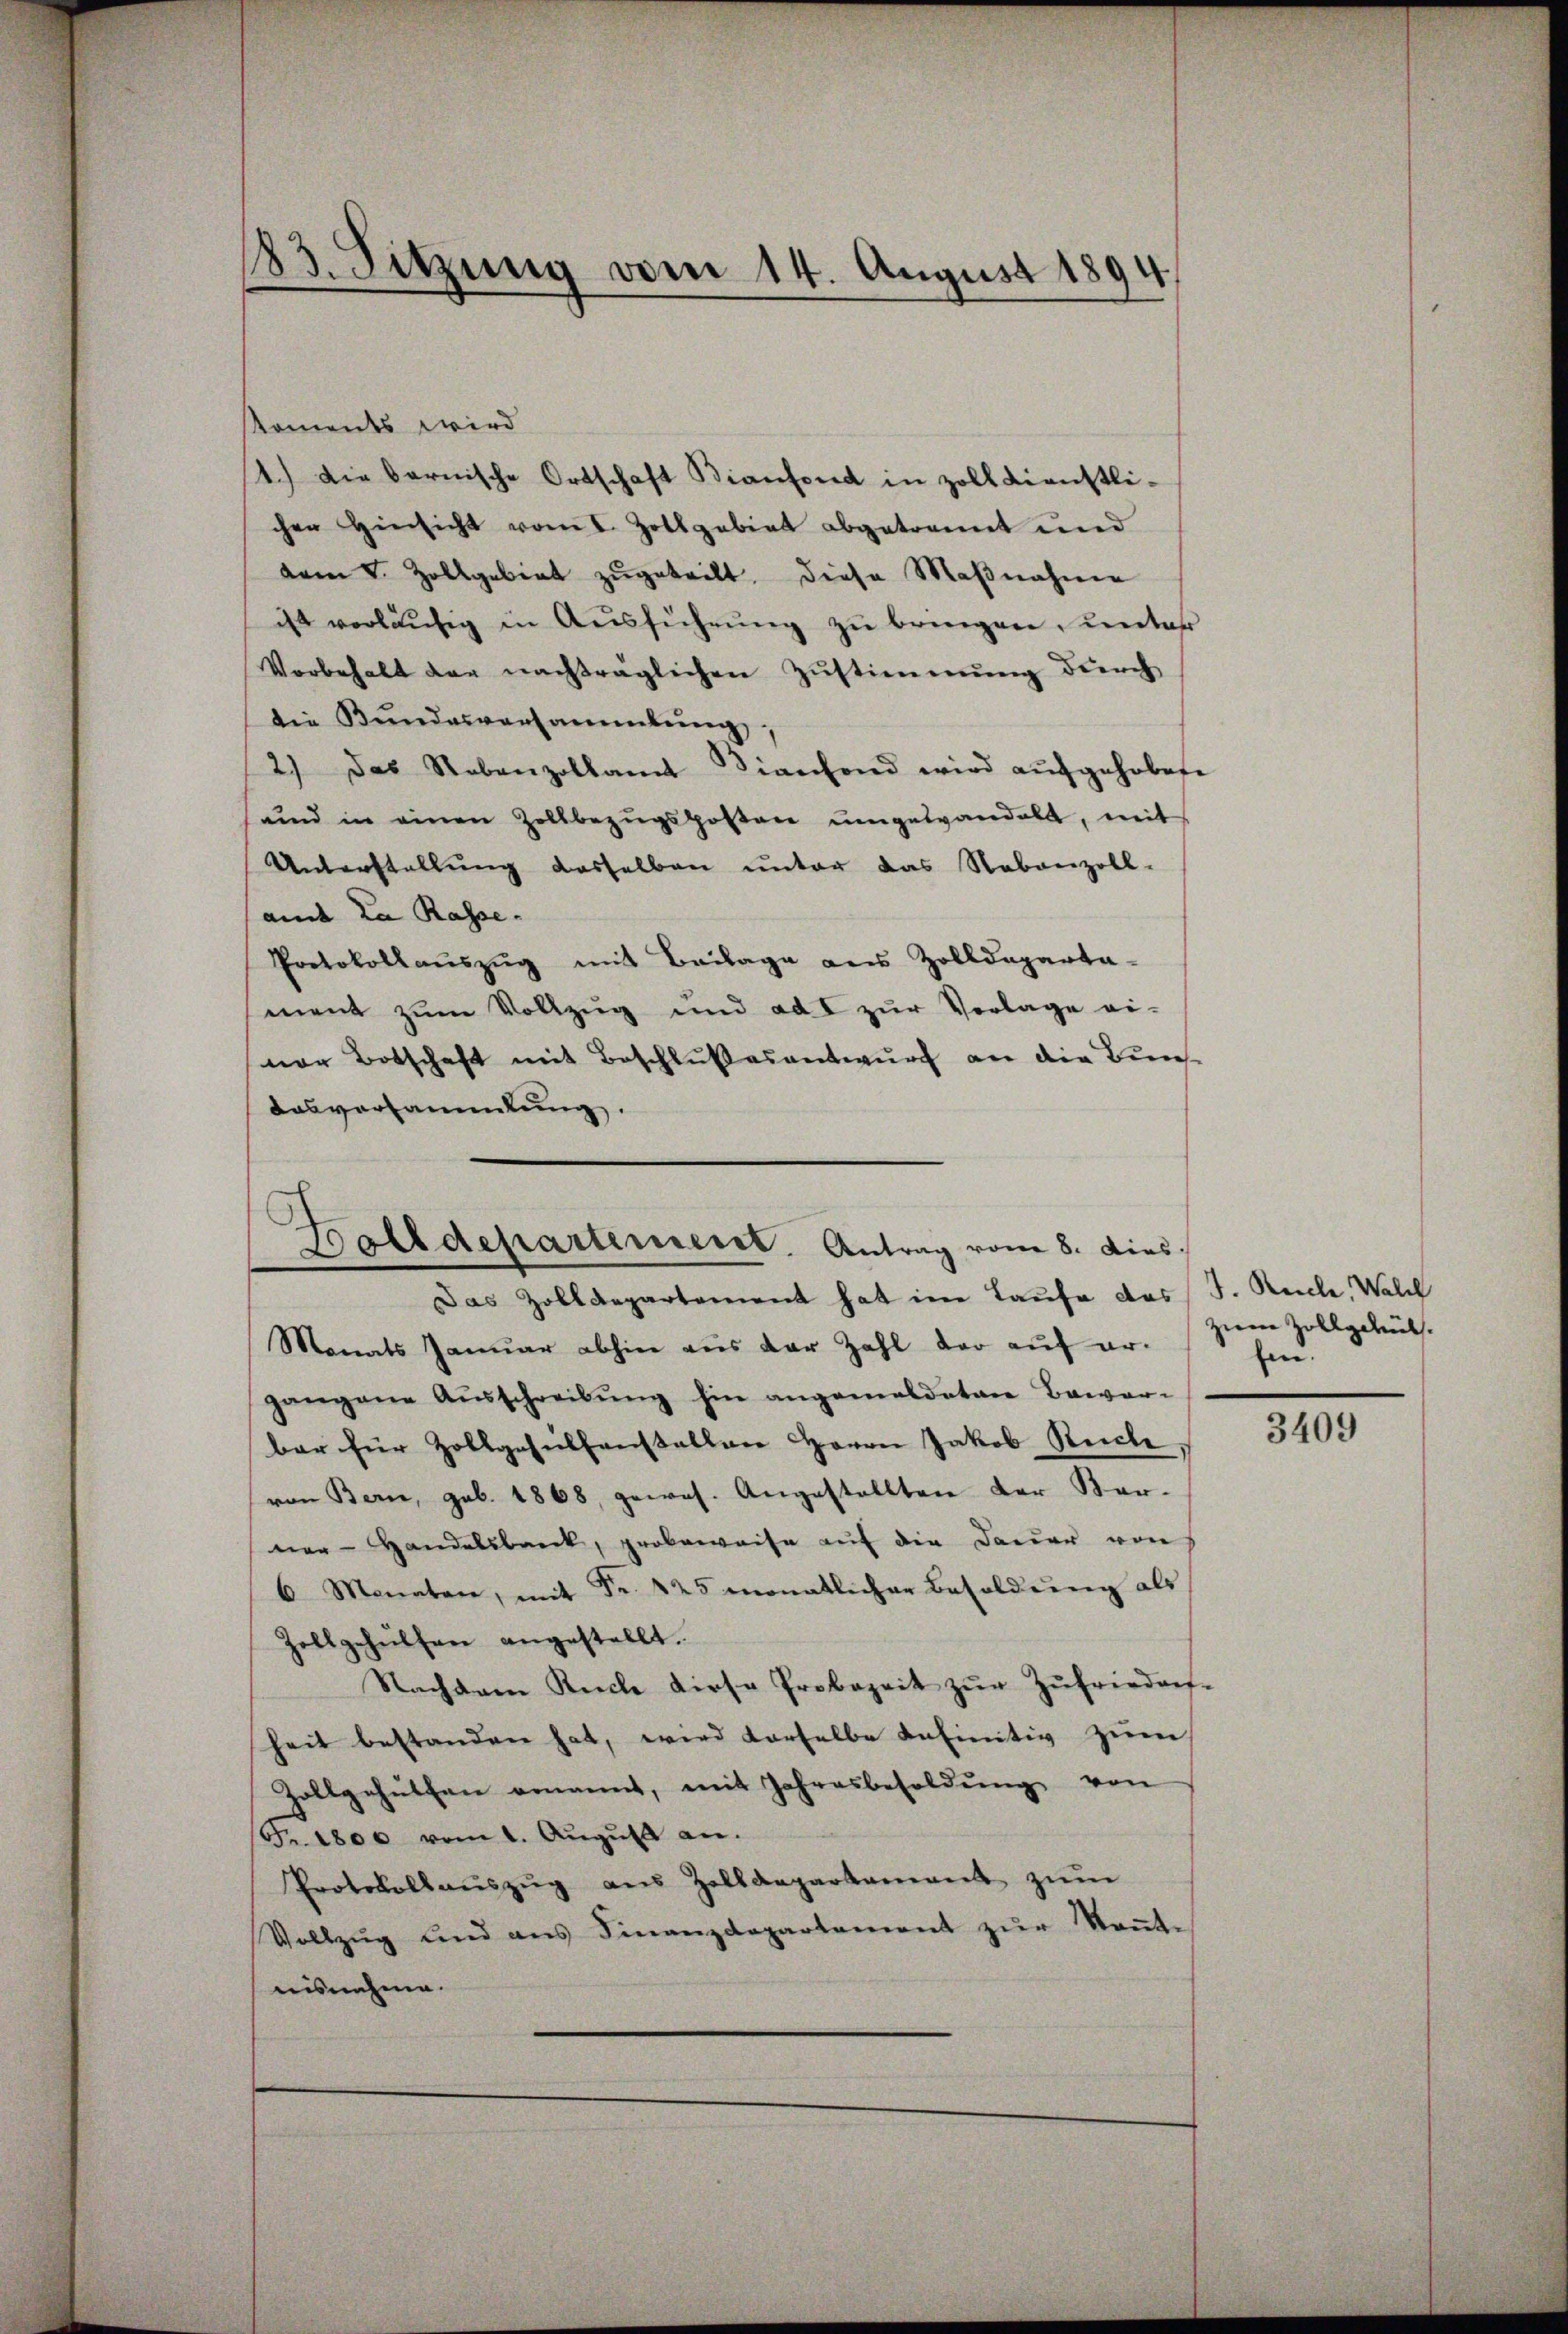
183. Sitzung vom 14. August 1894

koments wird
1.) Die bernische Ortschaft Bianfond in zolldienstli-
chen Hinsicht vom I. Zollgebiet abgetrannt und
vem V. Zollgebiet zŭgeteilt, diese Maβnahme
ist verläŭfig in Aŭsführŭng zŭ bringen, unter
Vorbehalt der nachträglichen Zŭstimmung durch
die Bŭndesversammlung,
2.) Das Nebenzollamt Bianchend wird aŭfgehobete
und in einen Zollbezŭgsposten ŭmgewandelt, mit
Unterstellung dasselben unter das Nebenzoll-
ande la Rasse.
Protokollauszug mit Beilage aus Zolldeparta-
ment zŭm Vollzŭg und ad I zŭr Vorlage ei-
ner Botschaft mit Beschlußesentwurf an die Bunse
Aasversammlung.
Bolldepartement. Antrag vom 8. dies

Das Zolldepartement hat im Laufe das J. Reiche, Walch
Monats Januar abhin aus der Zahl der auf er¬

gangene Aŭsschreibŭng hin angemeldeten Bawar-
bar für Zollgasulfenstallen Herrn Jakob Reiche
von Bern, geb. 1868, gewes. Angestellten der Kar-
ner-Handelsbaeck, grobeweise auf die Dauer von
6 Monaten, mit Fr. 425 monatlicher Besoldŭng als
Zollgehülfen angestellt.
Nachdem Küche diese Probezeit zŭr Zŭfriedarf-
heit bestanden hat, wird derselbe definitiv zum
Zollgehülfen ernannt, mit Jahresbesoldŭng von
Fr. 1800 vom 1. Aŭgŭst an.
Protokollaŭszŭg aŭs Zolldepartament zŭm
Vollzŭg und ans Finanzdepartement zŭr Keṅt-
nisnahme.

zum Zollgehül
hen.

3409